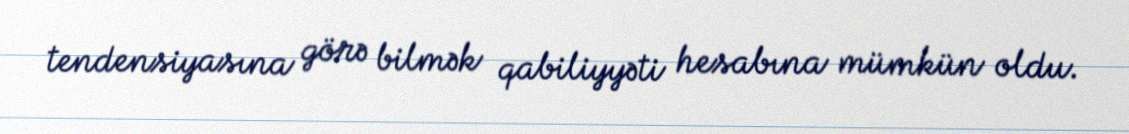
tendensiyasına görə bilmək qabiliyyəti hesabına mümkün oldu.